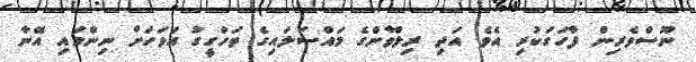
ނޫސްވެރިން ފާހަގަކުރި އެވެ. އަދި ރިލްވާންގެ މައްސަލައިގެ ތަހްގީގު އަވަހަށް ނިންމައި އޭނާ